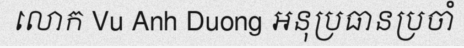
លោក Vu Anh Duong អនុប្រធានប្រចាំ